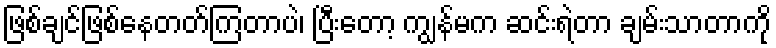
ဖြစ်ချင်ဖြစ်နေတတ်ကြတာပဲ၊ ပြီးတော့ ကျွန်မက ဆင်းရဲတာ ချမ်းသာတာကို